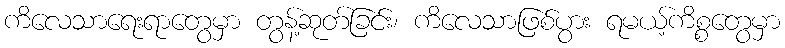
ကိလေသာရေးရာတွေမှာ တွန့်ဆုတ်ခြင်း၊ ကိလေသာဖြစ်ပွား ရမယ့်ကိစ္စတွေမှာ